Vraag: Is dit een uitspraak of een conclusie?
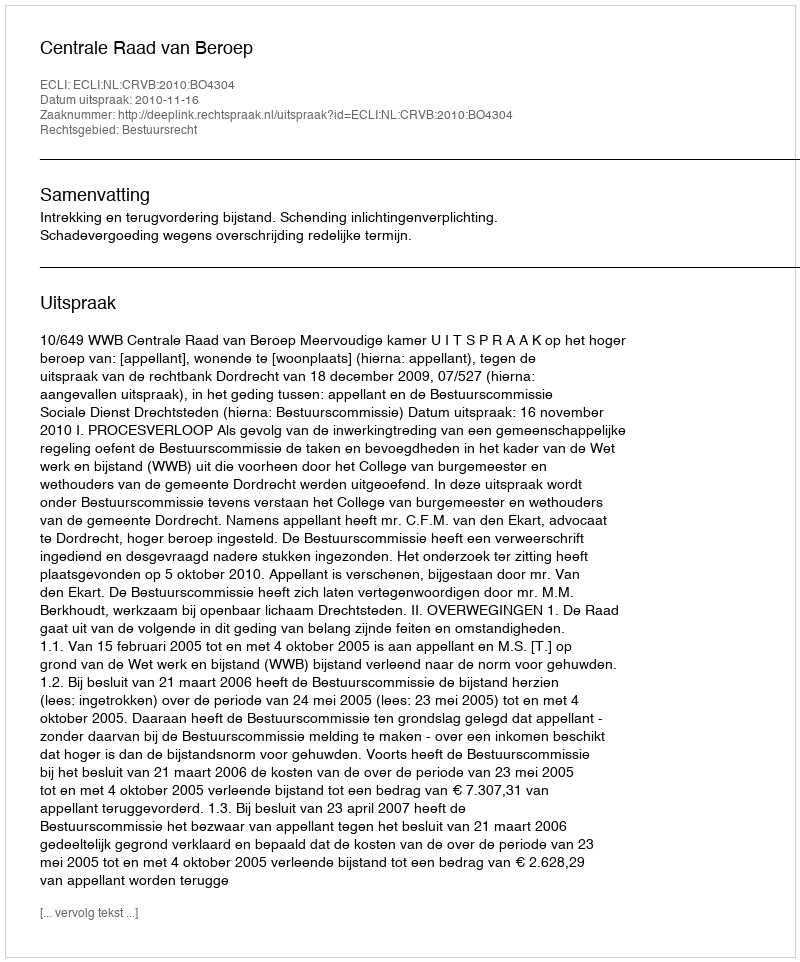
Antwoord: Uitspraak